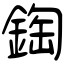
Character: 鋾